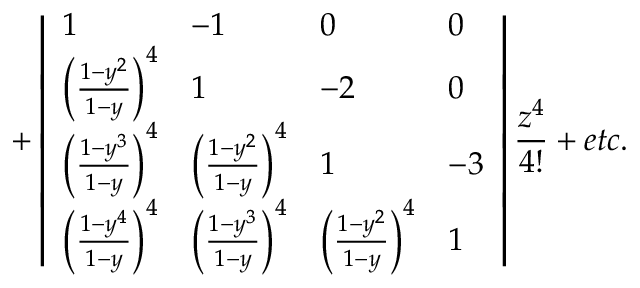
+ \left| \begin{array} { l l l l } { 1 } & { - 1 } & { 0 } & { 0 } \\ { \left( \frac { 1 - y ^ { 2 } } { 1 - y } \right) ^ { 4 } } & { 1 } & { - 2 } & { 0 } \\ { \left( \frac { 1 - y ^ { 3 } } { 1 - y } \right) ^ { 4 } } & { \left( \frac { 1 - y ^ { 2 } } { 1 - y } \right) ^ { 4 } } & { 1 } & { - 3 } \\ { \left( \frac { 1 - y ^ { 4 } } { 1 - y } \right) ^ { 4 } } & { \left( \frac { 1 - y ^ { 3 } } { 1 - y } \right) ^ { 4 } } & { \left( \frac { 1 - y ^ { 2 } } { 1 - y } \right) ^ { 4 } } & { 1 } \end{array} \right| \frac { z ^ { 4 } } { 4 ! } + e t c .